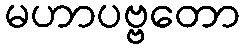
မဟာပဗ္ဗတော